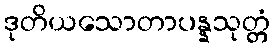
ဒုတိယသောတာပန္နသုတ္တံ